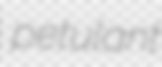
petulant